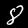
Digit: 8